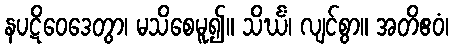
နပဋိဝေဒေတွာ၊ မသိစေမူ၍။ သိင်္ဃံ၊ လျင်စွာ။ အတိဧဝံ၊